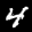
Label: 4